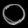
Digit: ၀